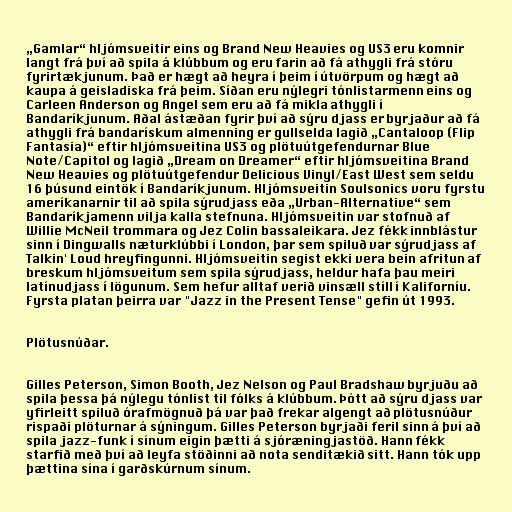
„Gamlar“ hljómsveitir eins og Brand New Heavies og US3 eru komnir
langt frá því að spila á klúbbum og eru farin að fá athygli frá stóru
fyrirtækjunum. Það er hægt að heyra í þeim í útvörpum og hægt að
kaupa á geisladiska frá þeim. Síðan eru nýlegri tónlistarmenn eins og
Carleen Anderson og Angel sem eru að fá mikla athygli í
Bandaríkjunum. Aðal ástæðan fyrir því að sýru djass er byrjaður að fá
athygli frá bandarískum almenning er gullselda lagið „Cantaloop (Flip
Fantasia)“ eftir hljómsveitina US3 og plötuútgefendurnar Blue
Note/Capitol og lagið „Dream on Dreamer“ eftir hljómsveitina Brand
New Heavies og plötuútgefendur Delicious Vinyl/East West sem seldu
16 þúsund eintök í Bandaríkjunum. Hljómsveitin Soulsonics voru fyrstu
ameríkanarnir til að spila sýrudjass eða „Urban-Alternative“ sem
Bandaríkjamenn vilja kalla stefnuna. Hljómsveitin var stofnuð af
Willie McNeil trommara og Jez Colin bassaleikara. Jez fékk innblástur
sinn í Dingwalls næturklúbbi í London, þar sem spiluð var sýrudjass af
Talkin' Loud hreyfingunni. Hljómsveitin segist ekki vera bein afritun af
breskum hljómsveitum sem spila sýrudjass, heldur hafa þau meiri
latínudjass í lögunum. Sem hefur alltaf verið vinsæll stíll í Kaliforníu.
Fyrsta platan þeirra var "Jazz in the Present Tense" gefin út 1993.

Plötusnúðar.

Gilles Peterson, Simon Booth, Jez Nelson og Paul Bradshaw byrjuðu að
spila þessa þá nýlegu tónlist til fólks á klúbbum. Þótt að sýru djass var
yfirleitt spiluð órafmögnuð þá var það frekar algengt að plötusnúður
rispaði plöturnar á sýningum. Gilles Peterson byrjaði feril sinn á því að
spila jazz-funk í sínum eigin þætti á sjóræningjastöð. Hann fékk
starfið með því að leyfa stöðinni að nota senditækið sitt. Hann tók upp
þættina sína í garðskúrnum sínum.